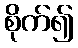
စိုက်၍